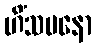
ဟိံသမနော